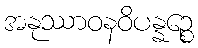
အနုဿာဝနဝိပန္နဉ္စေ